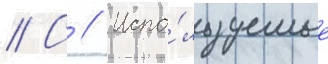
// С // Испо́льзуемые